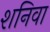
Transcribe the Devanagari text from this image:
शनिवा